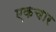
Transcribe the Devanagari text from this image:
एकचार